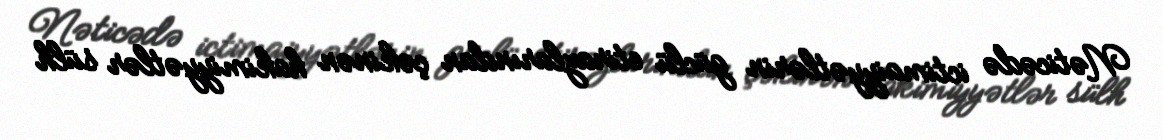
Nəticədə ictimaiyyətlərin güclü etirazlarından çəkinən hakimiyyətlər sülh